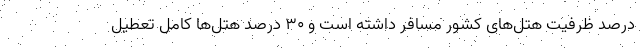
درصد ظرفیت هتل‌های کشور مسافر داشته است و ۳۰ درصد هتل‌ها کامل تعطیل